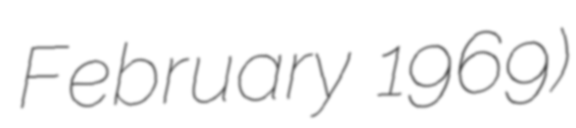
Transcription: February 1969)